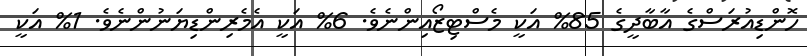
ހޮންޑިއުރަސްގެ އާބާދީގެ 85% އަކީ މެސްޓިޒޯއިންނެވެ. 6% އަކީ އެމެރިންޑިޔަނުންނެވެ. 1% އަކީ